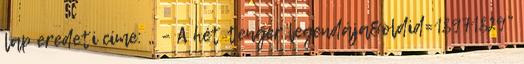
lap eredeti címe: „ – A hét tenger legendája&oldid=18971829”